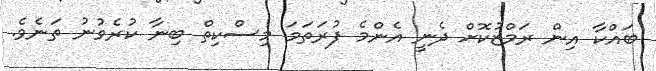
ބައްކާ އިން ރަމްޒުކޮށް ދެނީ އެންމެ ފުރަތަމަ މިސްކިތް ބިނާ ކުރެވުނު ތަނެވެ.